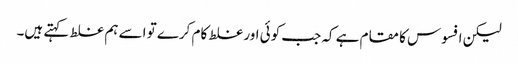
لیکن افسوس کا مقام ہے کہ جب کوئی اور غلط کام کرے تو اسے ہم غلط کہتے ہیں۔